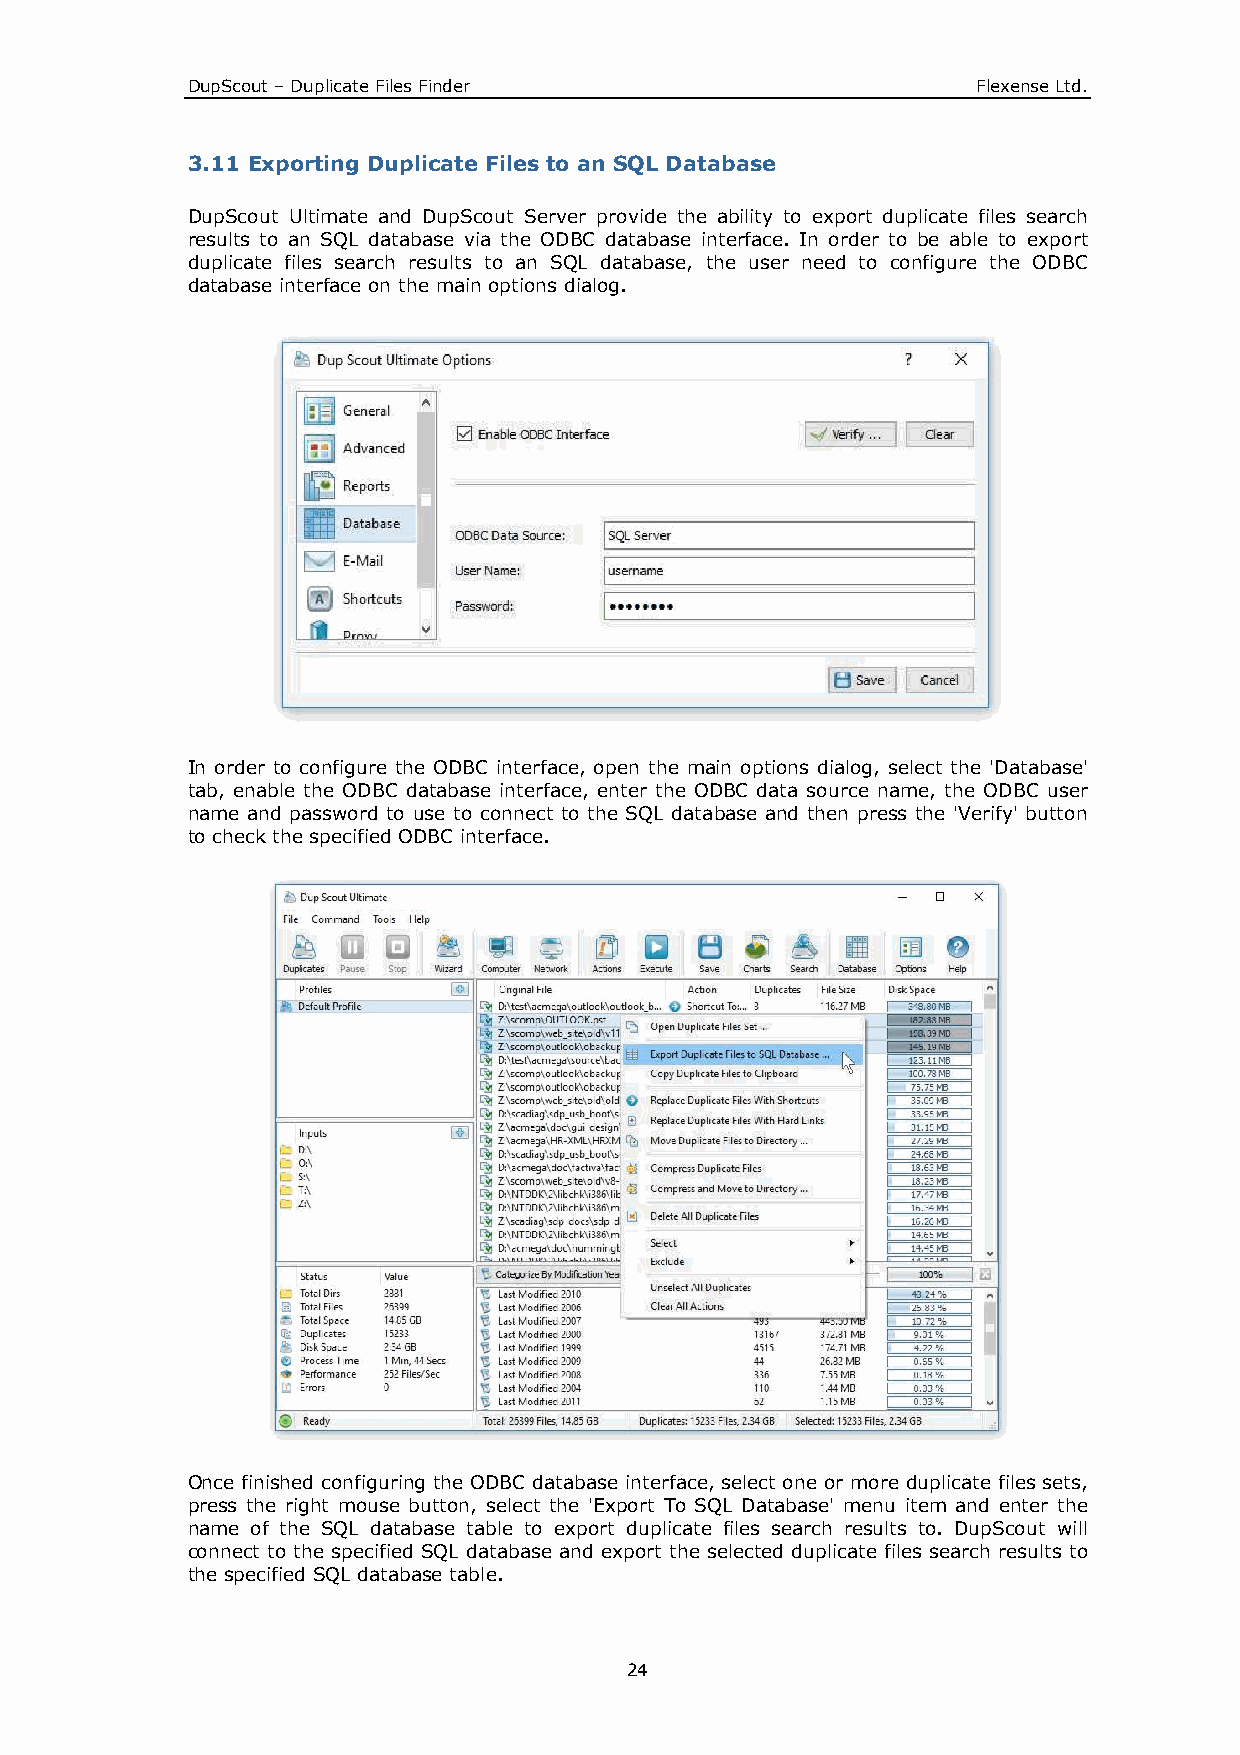
DupScout – Duplicate Files Finder                    Flexense Ltd.
 3.11 Exporting Duplicate Files to an SQL Database
 DupScout Ultimate and DupScout Server provide the ability to export duplicate files search
 results to an SQL database via the ODBC database interface. In order to be able to export
 duplicate files search results to an SQL database, the user need to configure the ODBC
 database interface on the main options dialog.
 In order to configure the ODBC interface, open the main options dialog, select the 'Database'
 tab, enable the ODBC database interface, enter the ODBC data source name, the ODBC user
 name and password to use to connect to the SQL database and then press the 'Verify' button
 to check the specified ODBC interface.
 Once finished configuring the ODBC database interface, select one or more duplicate files sets,
 press the right mouse button, select the 'Export To SQL Database' menu item and enter the
 name of the SQL database table to export duplicate files search results to. DupScout will
 connect to the specified SQL database and export the selected duplicate files search results to
 the specified SQL database table.
 24